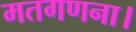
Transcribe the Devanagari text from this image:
मतगणना।